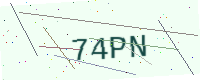
Text: 74PN